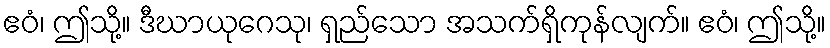
ဧဝံ၊ ဤသို့။ ဒီဃာယုဂေသု၊ ရှည်သော အသက်ရှိကုန်လျက်။ ဧဝံ၊ ဤသို့။